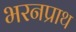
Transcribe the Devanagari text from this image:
भरनप्राथ